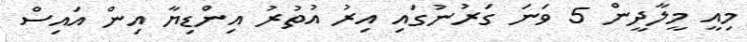
މިއީ މީލާދީން 5 ވަނަ ގަރުނުގައި އިރު އުތުރު އިންޑިޔާ އިން އައިސް